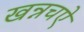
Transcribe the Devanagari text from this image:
खन्नचऐ